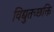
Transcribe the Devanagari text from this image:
विद्युतच्छक्ति